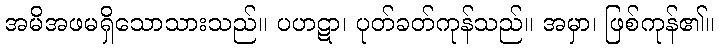
အမိအဖမရှိသောသားသည်။ ပဟဋာ၊ ပုတ်ခတ်ကုန်သည်။ အမှာ၊ ဖြစ်ကုန်၏။